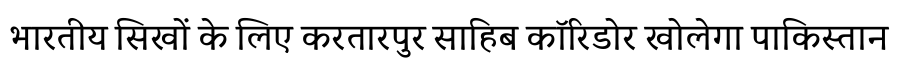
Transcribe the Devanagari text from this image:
भारतीय सिखों के लिए करतारपुर साहिब कॉरिडोर खोलेगा पाकिस्तान